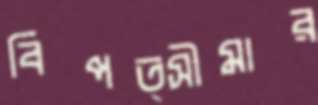
বিপত্সীমার